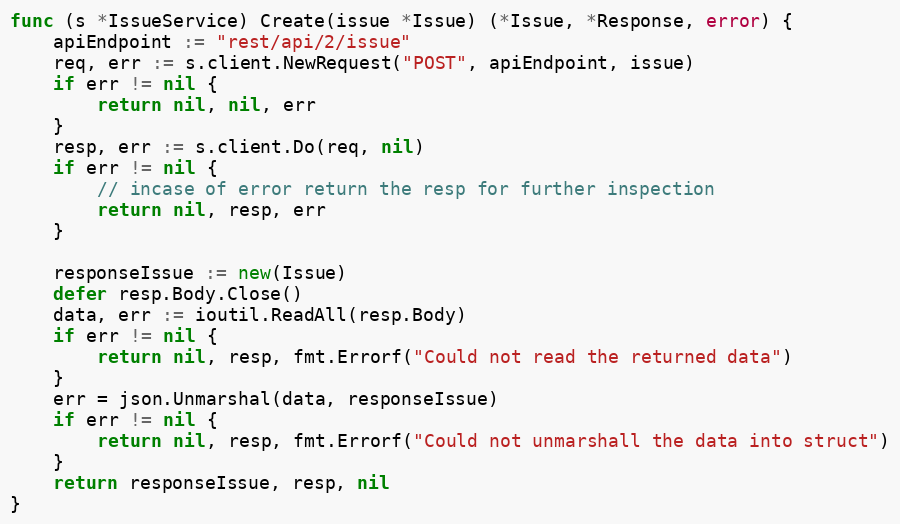
Language: Go
func (s *IssueService) Create(issue *Issue) (*Issue, *Response, error) {
	apiEndpoint := "rest/api/2/issue"
	req, err := s.client.NewRequest("POST", apiEndpoint, issue)
	if err != nil {
		return nil, nil, err
	}
	resp, err := s.client.Do(req, nil)
	if err != nil {
		// incase of error return the resp for further inspection
		return nil, resp, err
	}

	responseIssue := new(Issue)
	defer resp.Body.Close()
	data, err := ioutil.ReadAll(resp.Body)
	if err != nil {
		return nil, resp, fmt.Errorf("Could not read the returned data")
	}
	err = json.Unmarshal(data, responseIssue)
	if err != nil {
		return nil, resp, fmt.Errorf("Could not unmarshall the data into struct")
	}
	return responseIssue, resp, nil
}